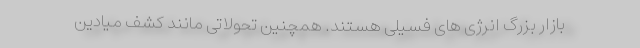
بازار بزرگ انرژی های فسیلی هستند. همچنین تحولاتی مانند کشف میادین